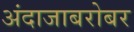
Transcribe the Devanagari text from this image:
अंदाजाबरोबर